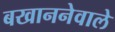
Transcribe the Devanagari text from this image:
बखाननेवाले